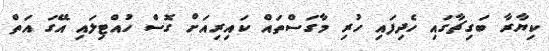
ކިޔާރާ ބަގިޗާގައި ހެދިފައި ހުރި މާގަސްތައް ކައިރިއަށް ގޮސް ހުއްޓިލައި އޭގަ އަތް